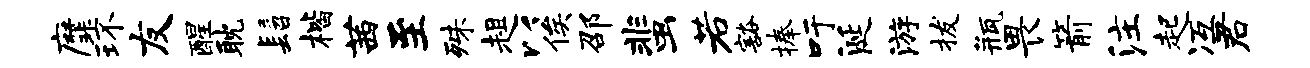
縻环友醒耽髫楷茜至殊趄以俟邵蜚若豁捧吁涎游拔瓶畏箭注起冱君